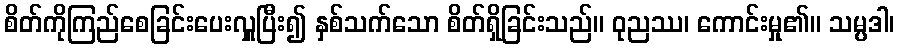
စိတ်ကိုကြည်စေခြင်းပေးလှူပြီး၍ နှစ်သက်သော စိတ်ရှိခြင်းသည်။ ဝုညဿ၊ ကောင်းမှု၏။ သမ္ပဒါ၊